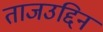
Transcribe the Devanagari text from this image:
ताजउद्दिन